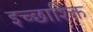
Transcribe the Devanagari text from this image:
इच्छाश्क्ति